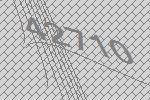
42710